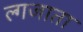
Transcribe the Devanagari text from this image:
ल्गजाता